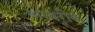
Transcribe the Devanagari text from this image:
अम्बरीक